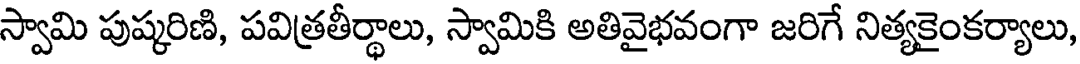
స్వామి పుష్కరిణి, పవిత్రతీర్థాలు, స్వామికి అతివైభవంగా జరిగే నిత్యకైంకర్యాలు,